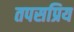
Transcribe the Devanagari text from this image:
तपसप्रिय